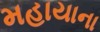
મહાયાના